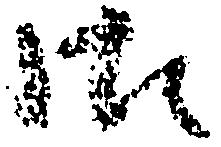
御